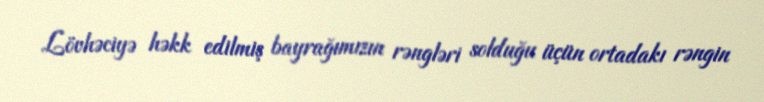
Lövhəciyə həkk edilmiş bayrağımızın rəngləri solduğu üçün ortadakı rəngin